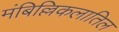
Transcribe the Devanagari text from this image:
मंबिल्लिकलातिल